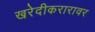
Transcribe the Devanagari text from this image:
खरेदीकरारावर